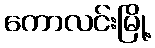
ကောလင်းမြို့